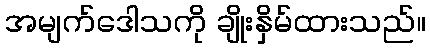
အမျက်ဒေါသကို ချိုးနှိမ်ထားသည်။